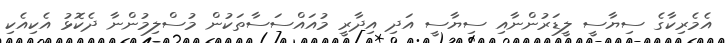
އެމެރިކާގެ ސިޔާސީ ލީޑަރުންނާއި ސިޔާސީ އަދި އިދާރީ މުއައްސަސާތަކުން މުސްލިމުންނާ ދެކޮޅު އެކިއެކި